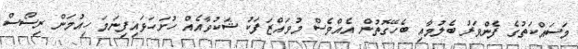
މަސައްކަތުގެ ފެންވަރު ބެލުމާއި ބެހޭގޮތުން އެއްވެސް މުވައްޒަފަކު ޝަކުވާއެއް ހުށަހަޅައިފިނަމަ ހިއުމަން ރިސޯސް